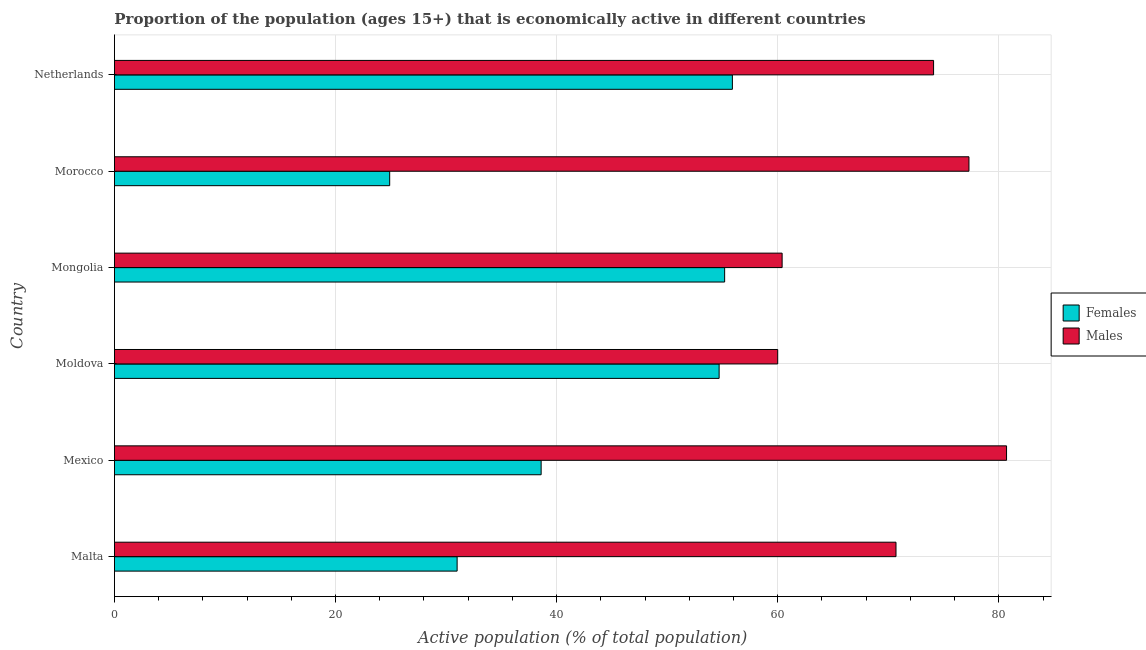
| Country | Females | Males |
 | --- | --- | --- |
 | Malta | 31 | 70.7 |
 | Mexico | 38.6 | 80.7 |
 | Moldova | 54.7 | 60 |
 | Mongolia | 55.2 | 60.4 |
 | Morocco | 24.9 | 77.3 |
 | Netherlands | 55.9 | 74.1 |